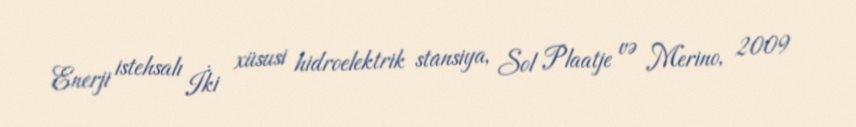
Enerji istehsalı İki xüsusi hidroelektrik stansiya, Sol Plaatje və Merino, 2009